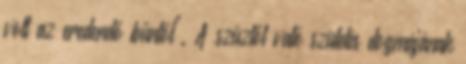
volt az eredendő bűntől". A szűztől való születés dogmájának